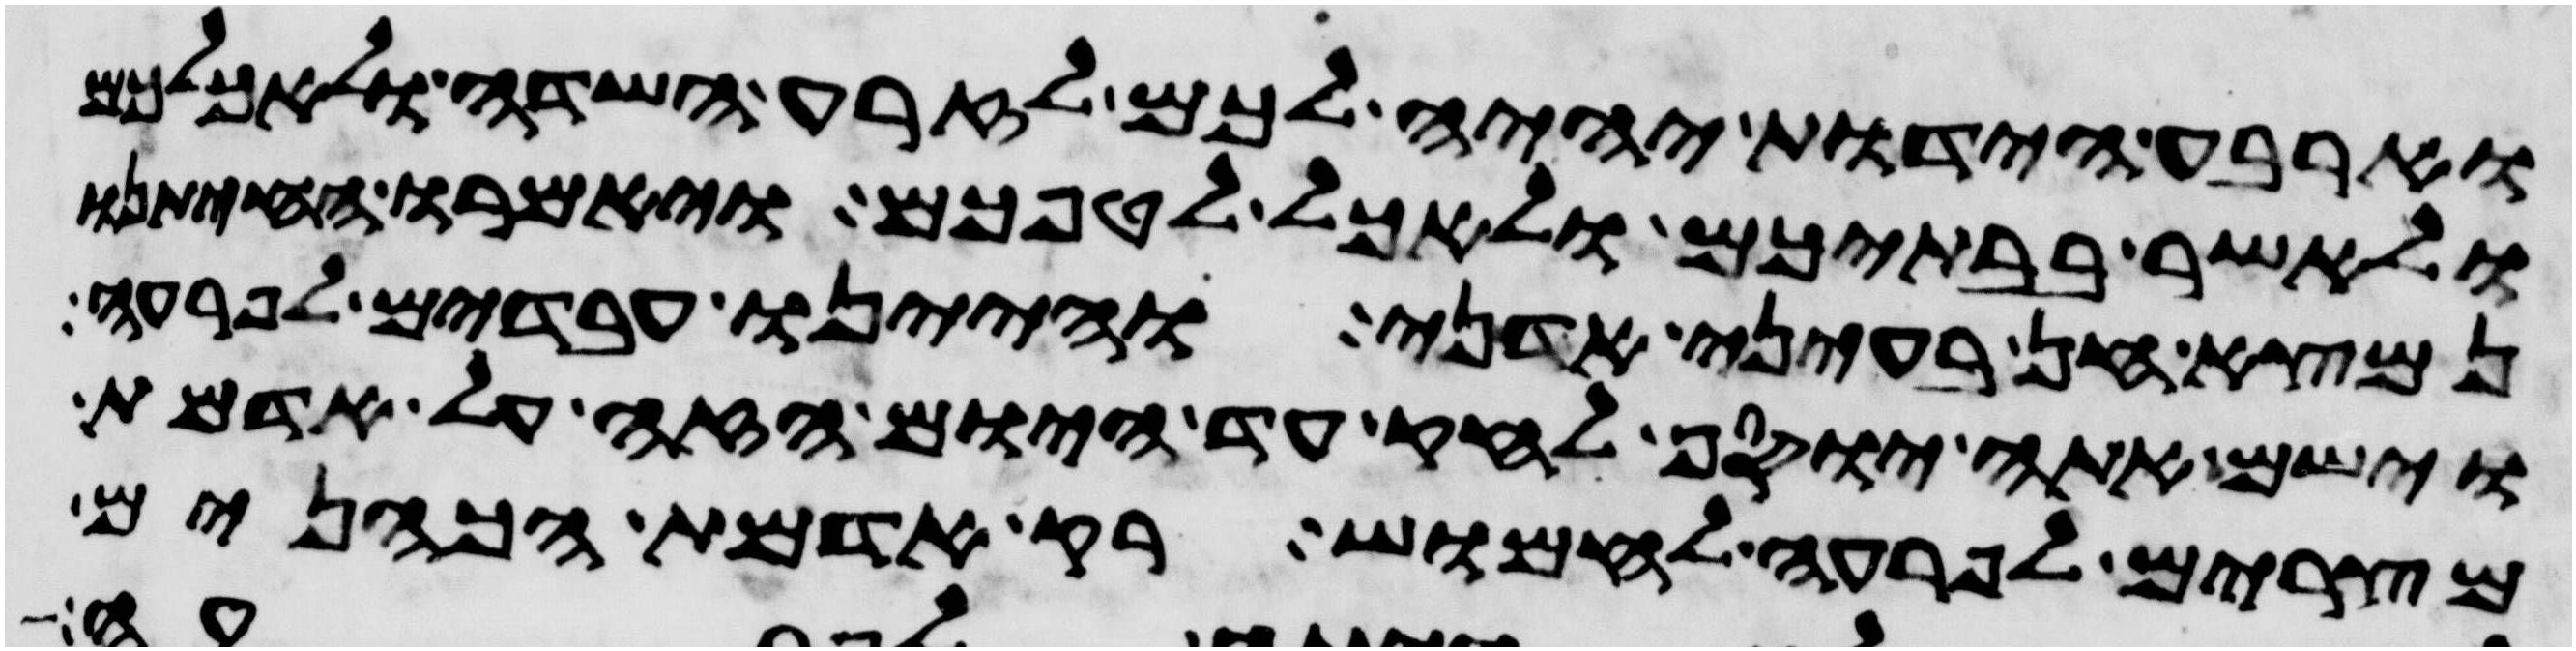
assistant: וארבע הידות יהיה לכם לזרע השדה ולאכלכם
ולאשר בבתיכם ולאכל לטפכם ויאמרו החיתנו
נמצא חן בעיני אדני והיינו עבדים לפרעה
וישם אתה יוסף לחק עד היום הזה על אדמת
מצרים לפרעה לחמוש רק אדמת הכהנים